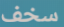
سخف